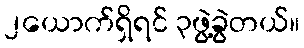
၂ယောက်ရှိရင် ၃ဖွဲ့ခွဲတယ်။